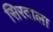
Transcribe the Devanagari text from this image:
सिरदाला